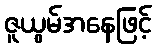
ဇူယွမ်အနေဖြင့်